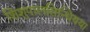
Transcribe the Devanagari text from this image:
शिशुपालसिन्धियया